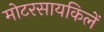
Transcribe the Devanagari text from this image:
मोटरसायकिलें